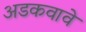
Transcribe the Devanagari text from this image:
अडकवावे